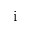
\mathrm { i }